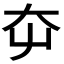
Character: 𡗡